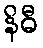
နိဓီ